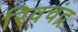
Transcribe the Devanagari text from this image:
रिवचंद्र